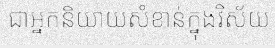
ជាអ្នកនិយាយសំខាន់ក្នុងវិស័យ